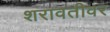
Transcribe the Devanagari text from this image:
शरावतीवर